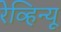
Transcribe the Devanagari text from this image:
रेव्हिन्यू